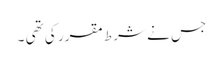
جس نے شرط مقرر کی تھی ۔